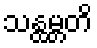
သန္ထမ္ဘတိ